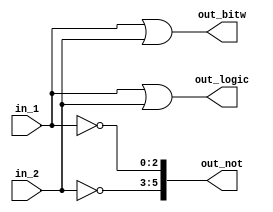
// Modelling vector logic gates

module top_module(in_1, in_2, out_bitw, out_logic, out_not);

	input [2:0] in_1;
	input [2:0] in_2;
	output [2:0] out_bitw;
	output out_logic;
	output [5:0] out_not;

	assign out_bitw = in_1 | in_2;
	assign out_logic = in_1 || in_2;
	assign out_not[5:3] = ~in_2;
	assign out_not[2:0] = ~in_1;

endmodule